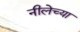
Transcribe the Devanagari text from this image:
नीलेच्या